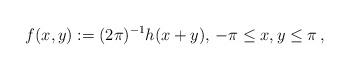
LaTeX: \begin{align*} f(x,y):=(2\pi)^{-1}h(x+y),\,-\pi\le x,y\le\pi\,,\end{align*}